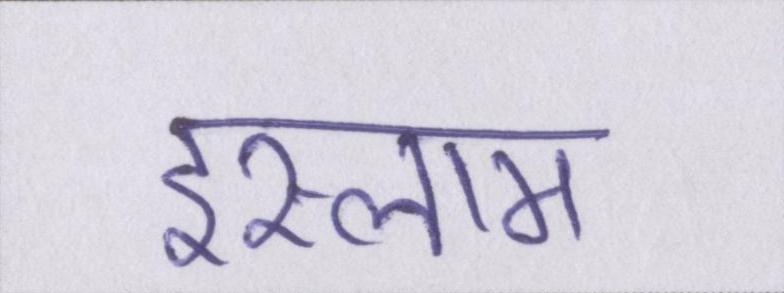
इस्लाम